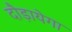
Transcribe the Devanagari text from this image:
दौड़ायेगा